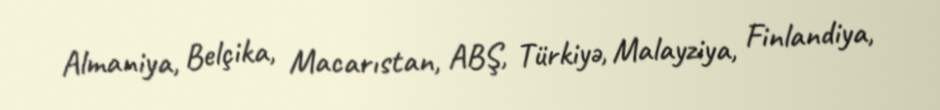
Almaniya, Belçika, Macarıstan, ABŞ, Türkiyə, Malayziya, Finlandiya,